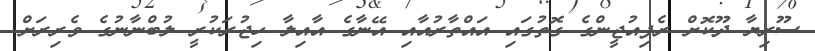
ސޫރިޔާ ދޫކޮށް ރެފިއުޖީންގެ ގޮތުގައި އައްތާރުއާއި އޭނާގެ އާއިލާ ހިޖުރަކުރީ ލުބްނާނުގެ ވެރިރަށް